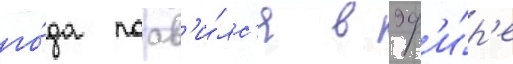
го́да поав'и́лс'я в эф'и́р'е